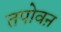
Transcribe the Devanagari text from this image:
तपोवऩ